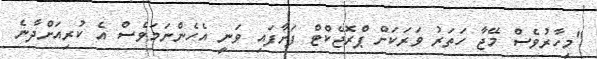
"މިހާރުވެސް މޭޖާ ހަތަރު ވަރަކަށް ޕްރޮޖެކްޓް ފަށާފައި ވަނީ އެހެންނަމަވެސް އެ ކުރިއަށްދާނެ